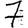
Digit: 7